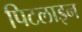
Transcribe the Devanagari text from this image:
पिटलाइन